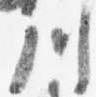
川